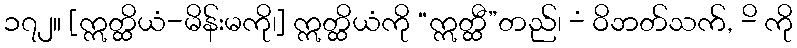
၁၇၂။ [ဣတ္ထိယံ-မိန်းမကို၊] ဣတ္ထိယံကို “ဣတ္ထီ”တည်၊ -ံ ဝိဘတ်သက်, -ိ ကို